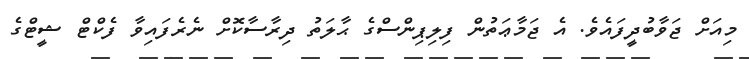
މިއަށް ޖަވާބުދީފައެވެ. އެ ޖަމާޢަތުން ފިލިޕިންސްގެ ޙާލަތު ދިރާސާކޮށް ނެރެފައިވާ ފެކްޓް ޝީޓްގެ